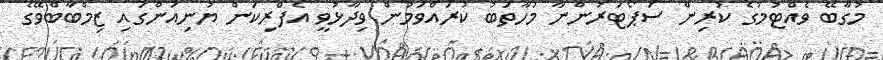
މުގާބޭ ވެއްޓުމުގެ ކުރިން ސަޕޯޓަރުންނާ މުހާތަބު ކުރައްވަމުން ވިދާޅުވީ އެފްރިކަން ޔުނިއަންގައި ޒިމްބާބްވޭގެ